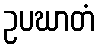
ဥပဃာတံ